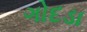
ગોદડા